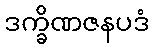
ဒက္ခိဏဇနပဒံ